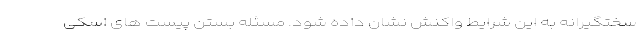
سختگیرانه به این شرایط واکنش نشان داده شود. مسئله بستن پیست های اسکی